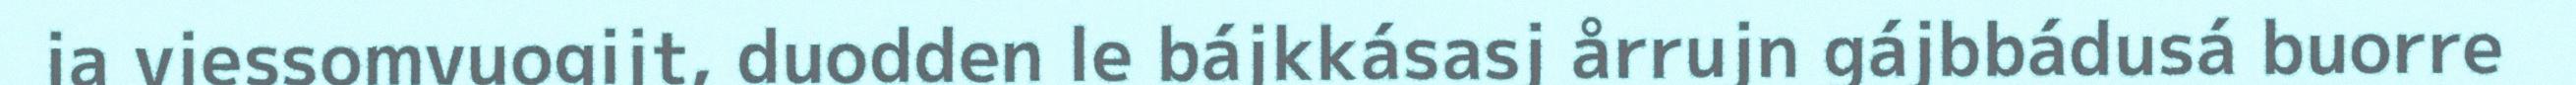
ja viessomvuogijt, duodden le bájkkásasj årrujn gájbbádusá buorre